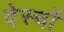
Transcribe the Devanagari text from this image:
देस्चों